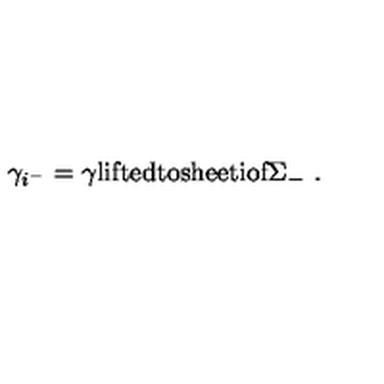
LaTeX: \gamma _ { i ^ { - } } = \gamma \mathrm { l i f t e d t o s h e e t i o f \Sigma _ - } \ .